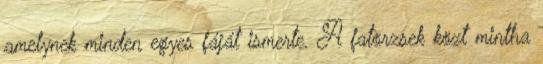
amelynek minden egyes fáját ismerte. A fatörzsek közt mintha